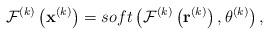
LaTeX: \begin{align*}\mathcal{F}^{(k)}\left(\mathbf{x}^{(k)}\right)=soft\left(\mathcal{F}^{(k)}\left(\mathbf{r}^{(k)}\right), \theta^{(k)}\right),\end{align*}